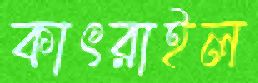
কাৎরাইল